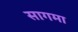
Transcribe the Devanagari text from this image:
सागमा